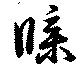
牒